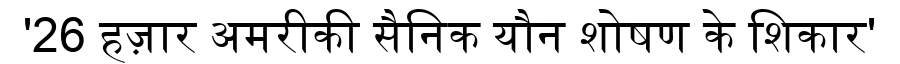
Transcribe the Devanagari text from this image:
'26 हज़ार अमरीकी सैनिक यौन शोषण के शिकार'